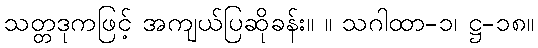
သတ္တဒုကဖြင့် အကျယ်ပြဆိုခန်း။ ။ သဂါထာ-၁၊ ဋ္ဌ-၁၈။